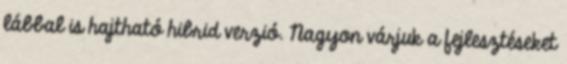
lábbal is hajtható hibrid verzió. Nagyon várjuk a fejlesztéseket